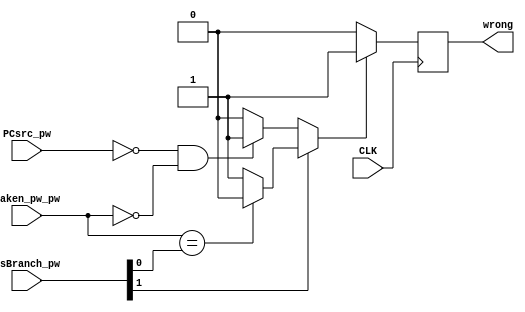
module RESOLVER(
	input wire taken_pw_pw,
	input wire [1:0] isBranch_pw,
	input wire PCsrc_pw,
	input wire CLK,
	output reg wrong=1'b0
	);

	reg w;
	
	always @(negedge CLK) begin
		if(w) wrong <= 1'b1;
		else wrong <= 1'b0;
	end

	always @(*) begin
		// branch , taken  isbranch  w=0,  1
		// jump, taken  w = 1   
		if(isBranch_pw[1])
			w = (taken_pw_pw == isBranch_pw[0]) ? 0 : 1;
		else
			w = (!PCsrc_pw && !taken_pw_pw) ? 1 : 0;
	end 
endmodule